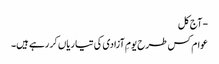
- آج کل
عوام کس طرح یومِ آزادی کی تیاریاں کر رہے ہیں۔